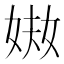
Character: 𡝈